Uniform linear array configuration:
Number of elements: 12
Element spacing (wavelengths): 0.25
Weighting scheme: exponential
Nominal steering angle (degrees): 30
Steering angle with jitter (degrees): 28.537
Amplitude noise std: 0.05
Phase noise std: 0.05

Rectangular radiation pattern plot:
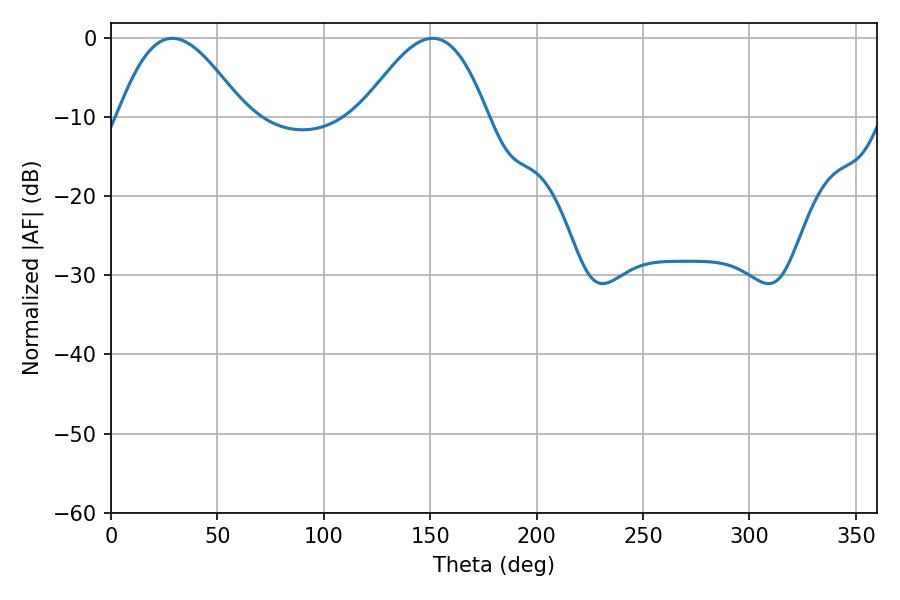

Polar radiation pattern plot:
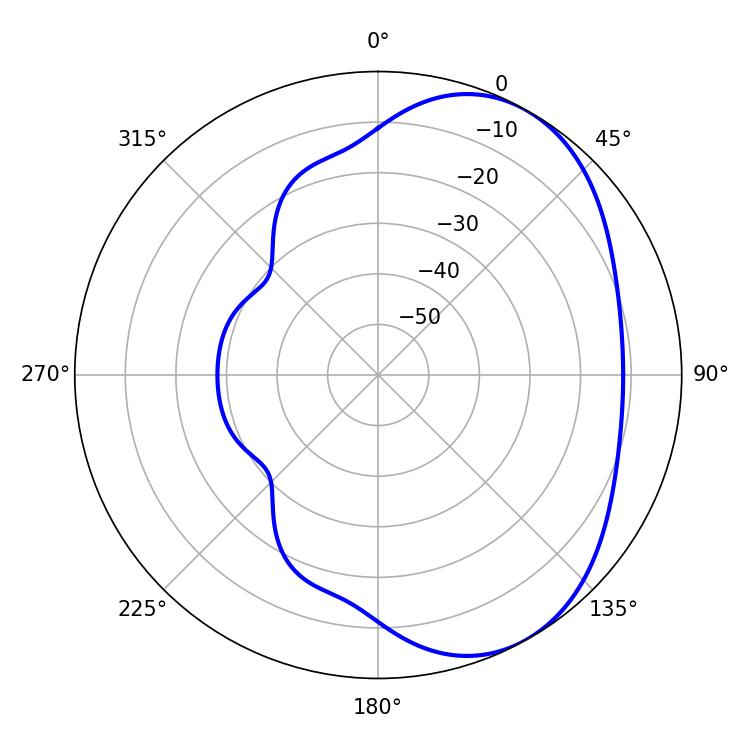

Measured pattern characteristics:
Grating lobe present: FALSE
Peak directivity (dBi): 4.705
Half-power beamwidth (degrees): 32.04
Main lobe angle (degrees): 28.8